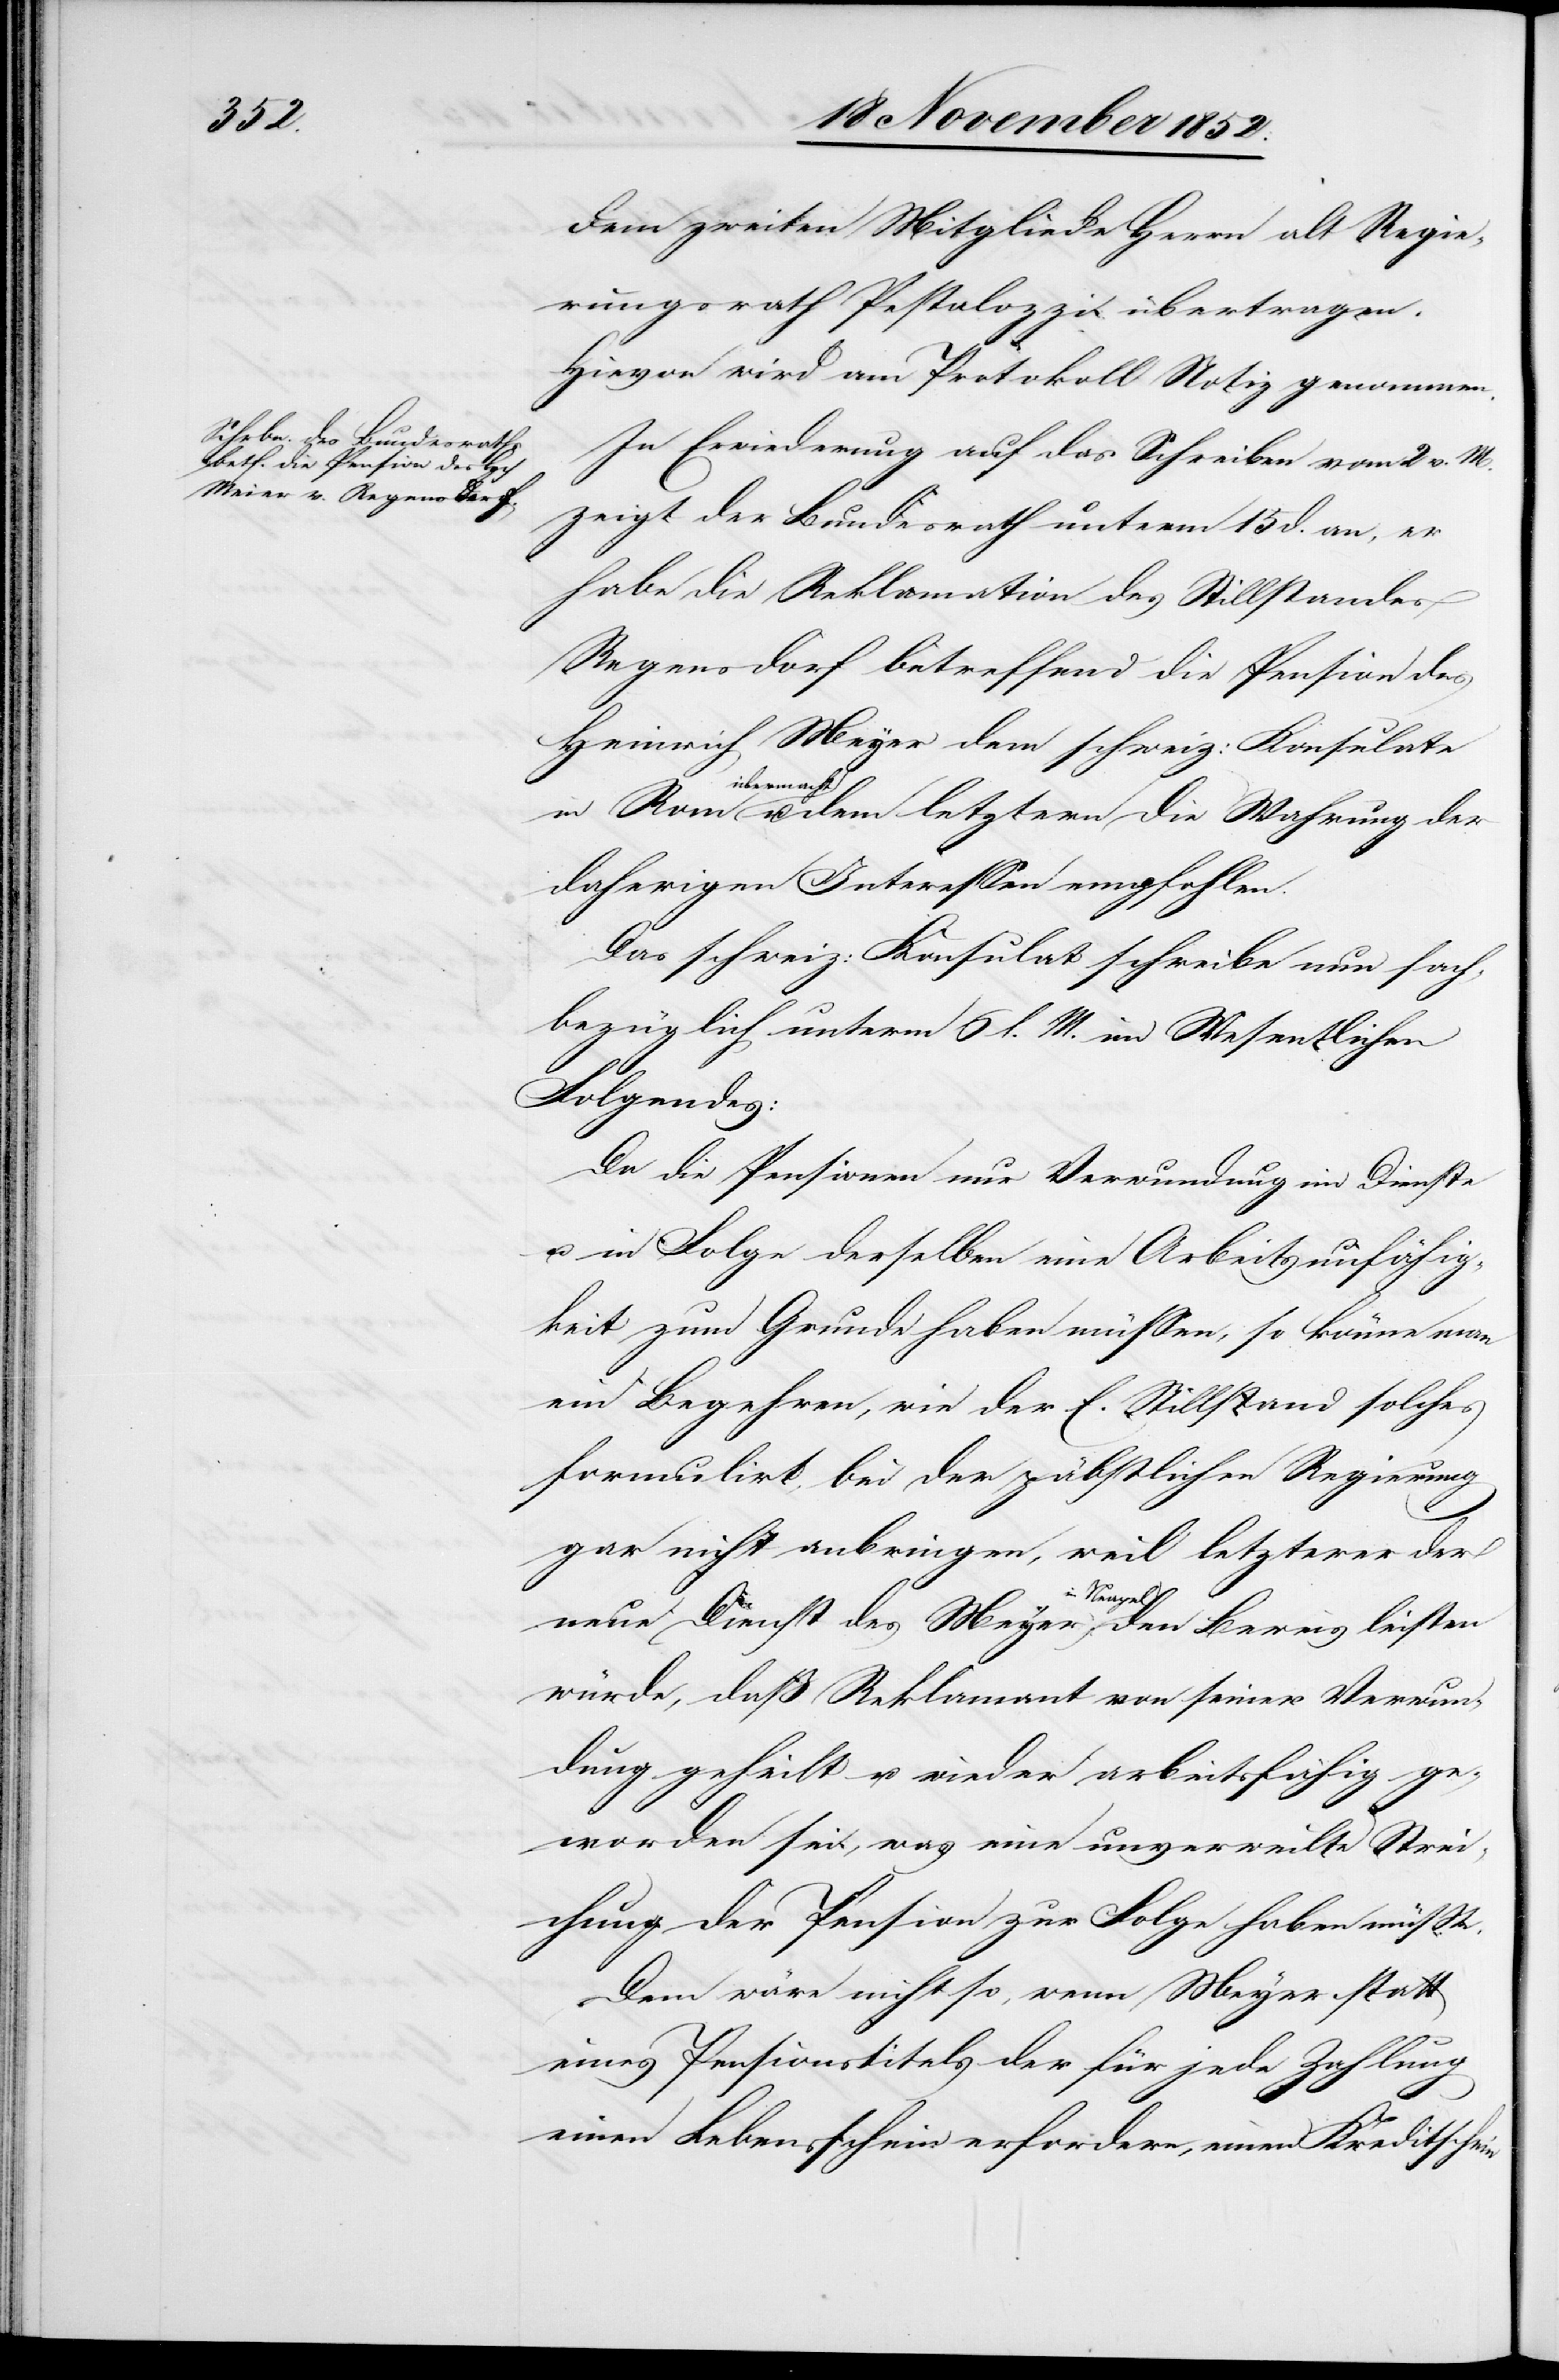
dem zweiten Mitgliede Herrn alt Regie¬
rungsrath Pestalozzi übertragen.
Hievon wird am Protokoll Notiz genommen.
In Erwiederung auf das Schreiben vom 2 v. M.
zeigt der Bundesrath unterm 15 d. an, er
habe die Reklamation des Stillstandes
Regensdorf betreffend die Pension des
Heinrich Meyer [sic!] dem schweiz: Konsulate
übermacht
u. dem letztern die Wahrung der
daherigen Interessen empfohlen.
Das schweiz: Konsulat schreibe nun sach¬
bezüglich unterm 6 l. M. im Wesentlichen
Folgendes:
Da die Pensionen nur Verwundung im Dienste
u. in Folge derselben eine Arbeitsunfähig¬
keit zum Grunde haben müssen, so könne man
ein Begehren, wie der E. Stillstand solches
formulirt, bei der päbstlichen Regierung
gar nicht anbringen, weil letzterer der
leisten
würde, daß Reklamant von seiner Verwun¬
dung geheilt u. wieder arbeitsfähig ge¬
worden sei, was eine unverweilte Strei¬
chung der Pension zur Folge haben müßte.
Dem wäre nicht so, wenn Meyer statt
eines Pensionstitels der für jede Zahlung
einen Lebensschein erfordere, einen Kreditschein